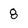
Character: 8